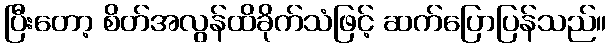
ပြီးတော့ စိတ်အလွန်ထိခိုက်သံဖြင့် ဆက်ပြောပြန်သည်။